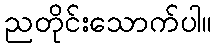
ညတိုင်းသောက်ပါ။